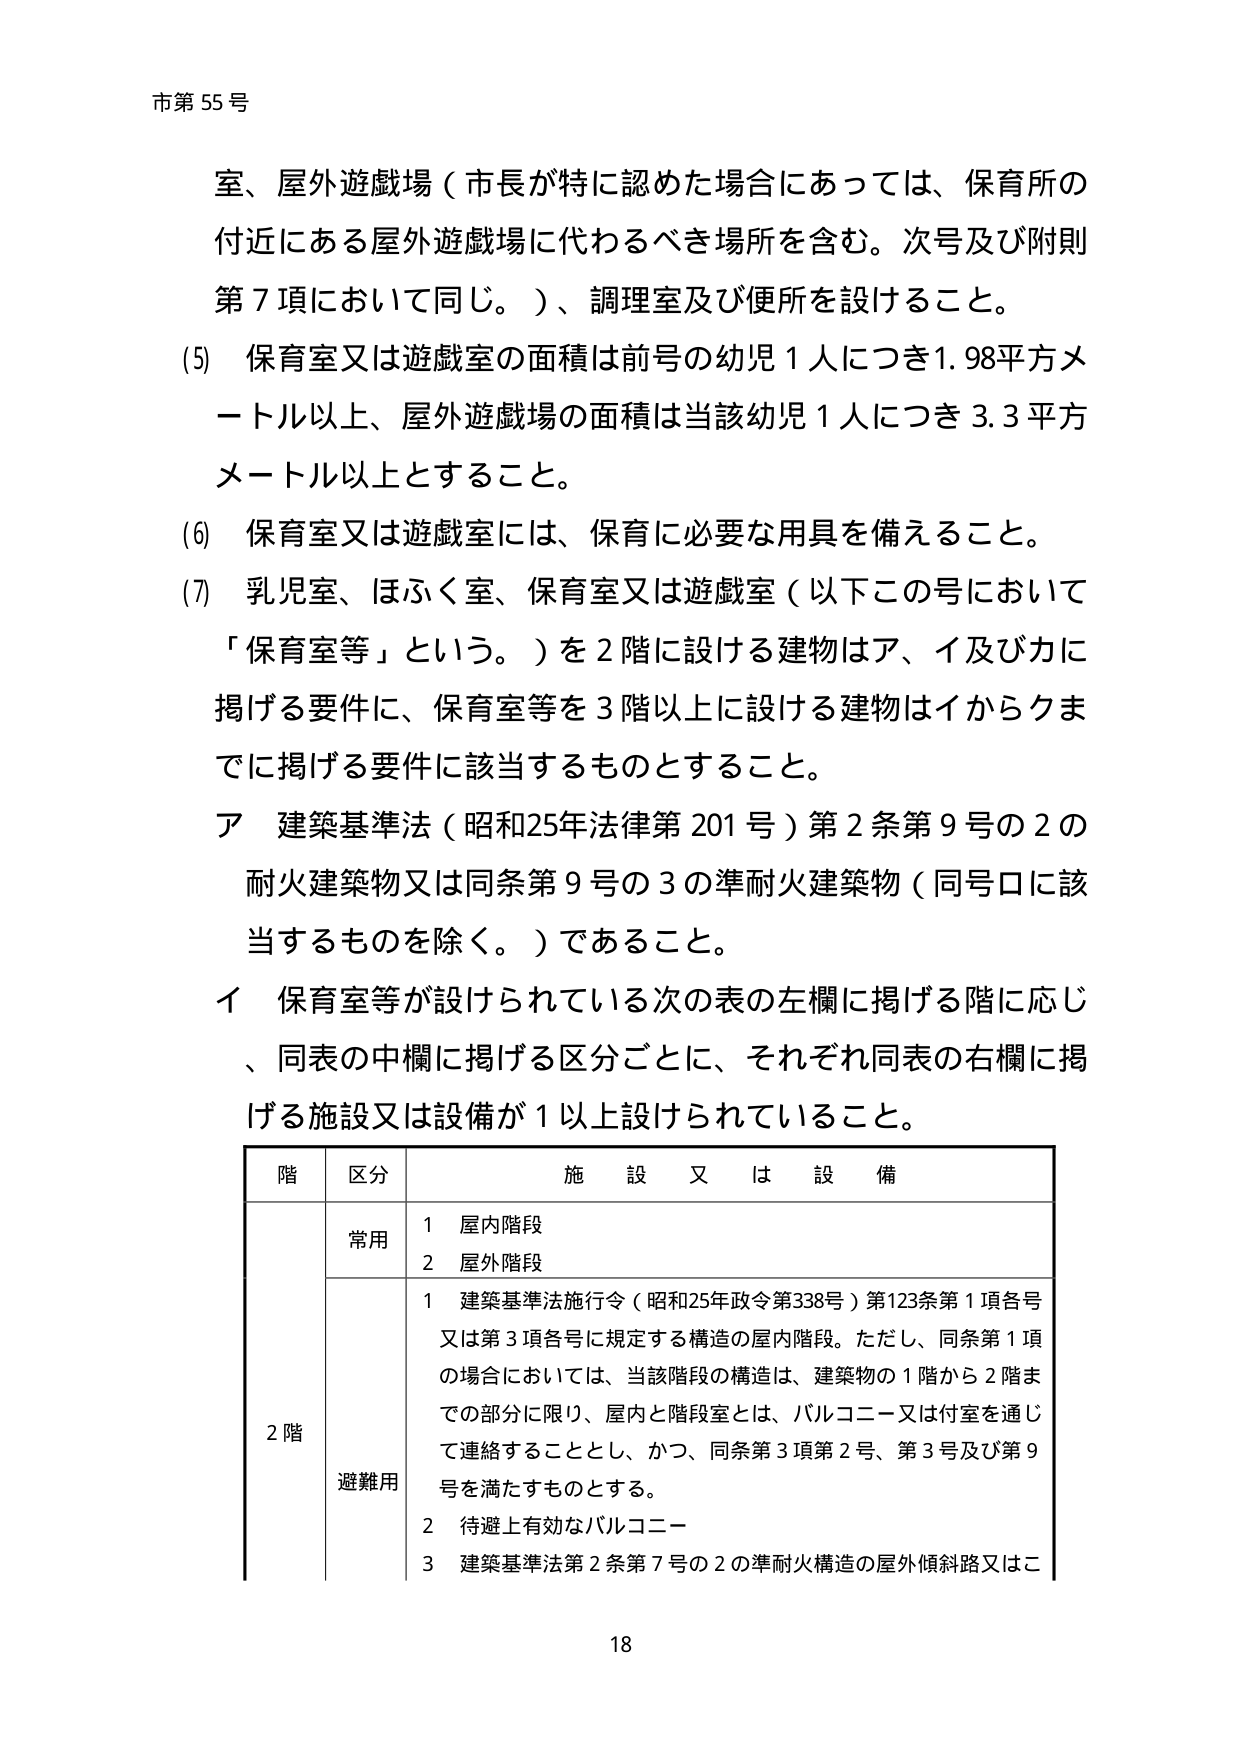
市第55号

室、屋外遊戯場（市長が特に認めた場合にあっては、保育所の付近にある屋外遊戯場に代わるべき場所を含む。次号及び附則第7項において同じ。）、調理室及び便所を設けること。

(5) 保育室又は遊戯室の面積は前号の幼児1人につき1.98平方メートル以上、屋外遊戯場の面積は当該幼児1人につき3.3平方メートル以上とすること。

(6) 保育室又は遊戯室には、保育に必要な用具を備えること。

(7) 乳児室、ほふく室、保育室又は遊戯室（以下この号において「保育室等」という。）を2階に設ける建物はア、イ及びカに掲げる要件に、保育室等を3階以上に設ける建物はイからクまでに掲げる要件に該当するものとすること。

ア 建築基準法（昭和25年法律第201号）第2条第9号の2の耐火建築物又は同条第9号の3の準耐火建築物（同号ロに該当するものを除く。）であること。

イ 保育室等が設けられている次の表の左欄に掲げる階に応じ、同表の中欄に掲げる区分ごとに、それぞれ同表の右欄に掲げる施設又は設備が1以上設けられていること。

| 階 | 区分 | 施設又は設備 |
|----|------|--------------|
| 2階 | 常用 | 1 屋内階段<br>2 屋外階段 |
|    | 避難用 | 1 建築基準法施行令（昭和25年政令第338号）第123条第1項各号又は第3項各号に規定する構造の屋内階段。ただし、同条第1項の場合においては、当該階段の構造は、建築物の1階から2階までの部分に限り、屋内と階段室とは、バルコニー又は付室を通じて連絡することとし、かつ、同条第3項第2号、第3号及び第9号を満たすものとする。<br>2 待避上有効なバルコニー<br>3 建築基準法第2条第7号の2の準耐火構造の屋外傾斜路又はこ |

18